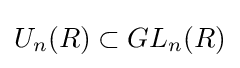
U_{n}(R)\subset GL_{n}(R)